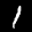
Label: 1